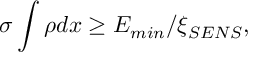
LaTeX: \sigma \int { \rho d x } \geq E _ { m i n } / \xi _ { S E N S } ,